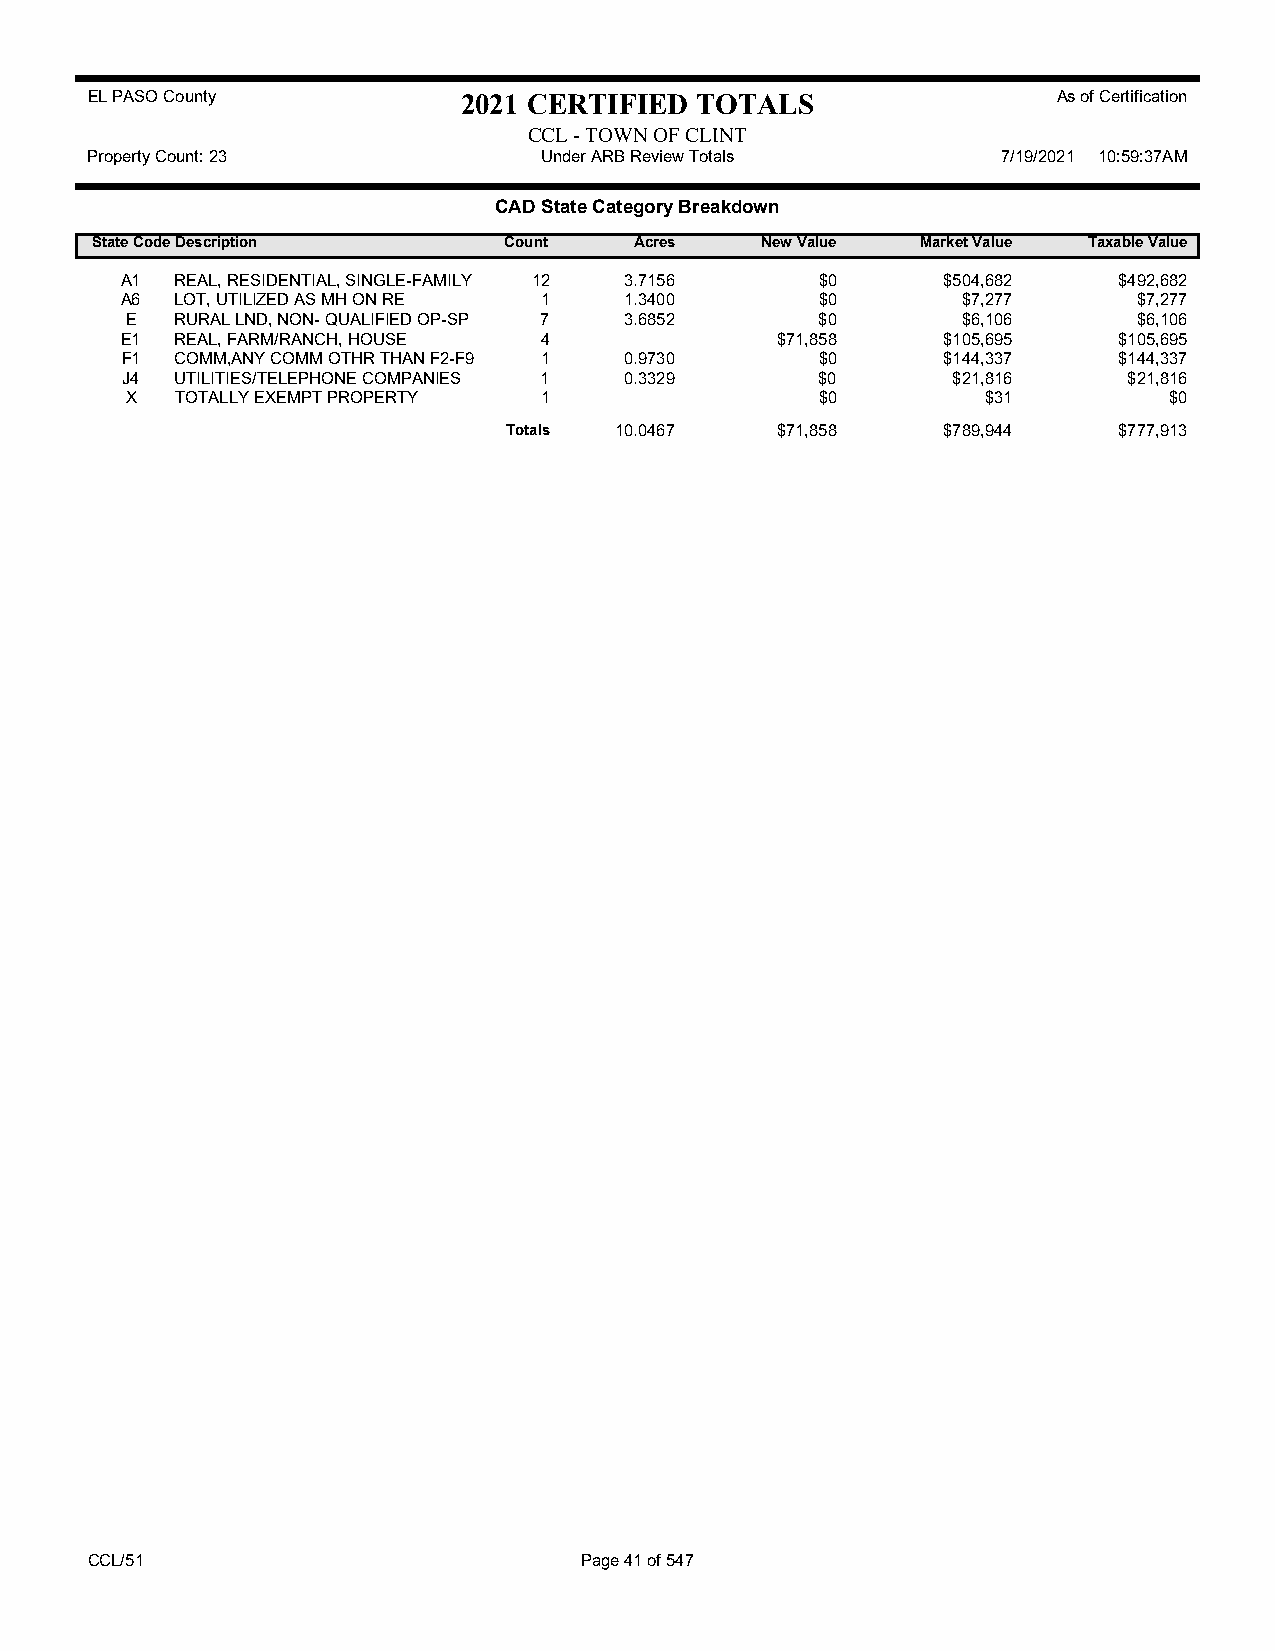
EL PASO County           2021 CERTIFIED TOTALS                  As of Certification
 CCL - TOWN OF CLINT
 Property Count: 23            Under ARB Review Totals       7/19/2021 10:59:37AM
 CAD State Category Breakdown
 State CodeDescription      Count    Acres   New Value  Market Value Taxable Value
 A1  REAL, RESIDENTIAL, SINGLE-FAMILY 12 3.7156 $0     $504,682    $492,682
 A6  LOT, UTILIZED AS MH ON RE 1  1.3400       $0        $7,277     $7,277
 E   RURAL LND, NON- QUALIFIED OP-SP 7 3.6852  $0        $6,106     $6,106
 E1  REAL, FARM/RANCH, HOUSE 4              $71,858    $105,695    $105,695
 F1  COMM,ANY COMM OTHR THAN F2-F9 1 0.9730    $0      $144,337    $144,337
 J4  UTILITIES/TELEPHONE COMPANIES 1 0.3329    $0       $21,816     $21,816
 X   TOTALLY EXEMPT PROPERTY 1                 $0         $31         $0
 Totals 10.0467   $71,858    $789,944    $777,913
 CCL/51                          Page 41 of 547